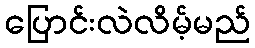
ပြောင်းလဲလိမ့်မည်